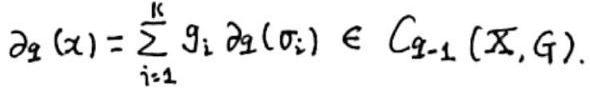
$\partial_{q}(x)=\sum_{i=1}^{k} g_{i} \partial_{q}\left(\sigma_{i}\right) \in C_{q-1}(X, G) .$